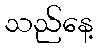
သည်နေ့